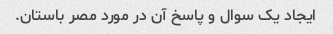
ایجاد یک سوال و پاسخ آن در مورد مصر باستان.